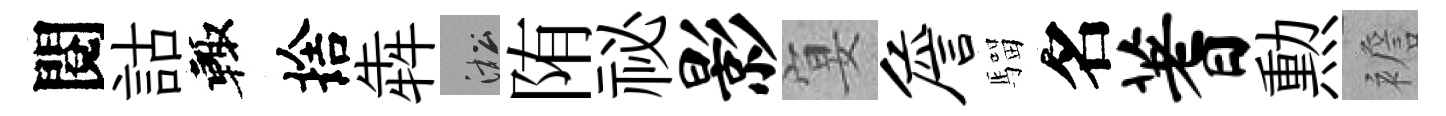
閱詁輙捨犇淞陏祕影宴詹騮名蓍勲襜